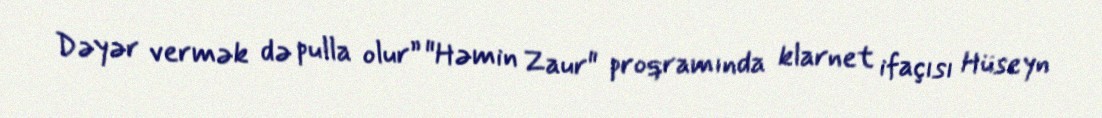
Dəyər vermək də pulla olur” "Həmin Zaur" proqramında klarnet ifaçısı Hüseyn